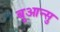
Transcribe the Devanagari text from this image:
बुआन्सु